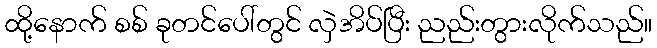
ထို့နောက် စစ် ခုတင်ပေါ်တွင် လှဲအိပ်ပြီး ညည်းတွားလိုက်သည်။